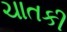
ચાતકી